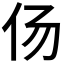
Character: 𱎟